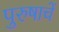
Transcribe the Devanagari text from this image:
पुरुषाचें